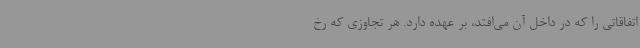
اتفاقاتی را که در داخل آن می‌افتد، بر عهده دارد. هر تجاوزی که رخ